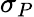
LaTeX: \sigma_{P}